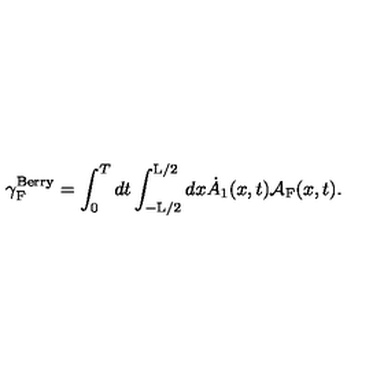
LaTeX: { \gamma } _ { \mathrm { F } } ^ { \mathrm { B e r r y } } = \int _ { 0 } ^ { T } d t \int _ { - \mathrm { L } / 2 } ^ { \mathrm { L } / 2 } d x \dot { A } _ { 1 } ( x , t ) { \cal A } _ { \mathrm { F } } ( x , t ) .